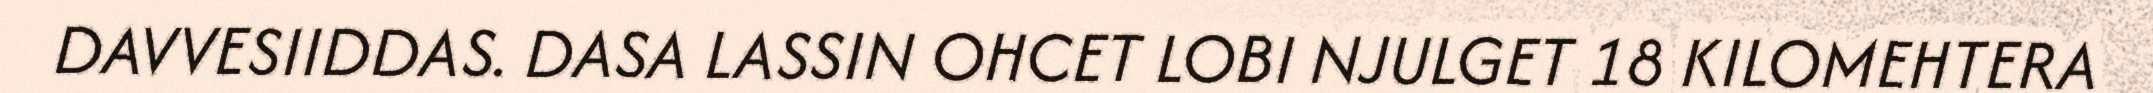
DAVVESIIDDAS. DASA LASSIN OHCET LOBI NJULGET 18 KILOMEHTERA